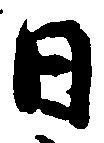
日